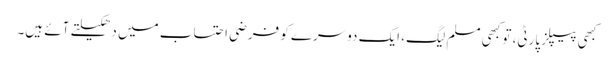
کبھی پیپلز پارٹی، تو کبھی مسلم لیگ، ایک دوسرے کو فرضی احتساب میں دھکیلتے آئے ہیں۔